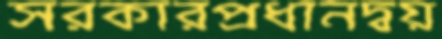
সরকারপ্রধানদ্বয়